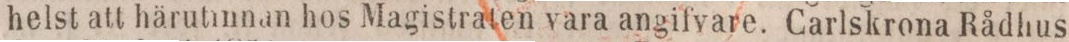
helst att härutmnan hos Magistraten vara angifvare. Carlskrona Rådhus